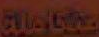
متكاملة